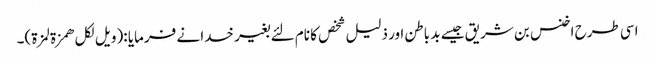
اسی طرح اخنس بن شریق جیسے بد باطن اور ذلیل شخص کا نام لئے بغیر خدا نے فرمایا :(ویل لکل ھمزة لمزة)۔